Civil Veterinary Department Bengal reports 1933-51 - 1933-1951
Year: 1933
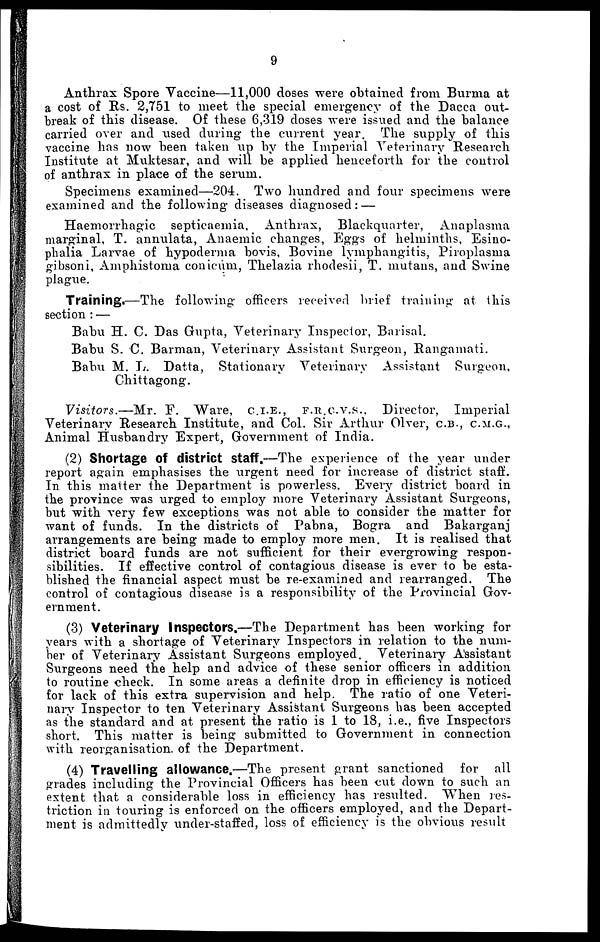
9
Anthrax Spore Vaccine—11,000 doses were obtained from Burma at
a cost of Rs. 2,751 to meet the special emergency of the Dacca out-
break of this disease. Of these 6,319 doses were issued and the balance
carried over and used during the current year. The supply of this
vaccine has now been taken up by the Imperial Veterinary Research
Institute at Muktesar, and will be applied henceforth for the control
of anthrax in place of the serum.
Specimens examined—204. Two hundred and four specimens were
examined and the following diseases diagnosed: —
Haemorrhagic septicaemia, Anthrax, Blackquarter,
Anaplasma
marginal, T. annulata, Anaemic changes, Eggs of helminths, Esino-
phalia Larvae of hypoderma bovis, Bovine lymphangitis, Piroplasma
gibsoni, Amphistoma conicum, Thelazia rhodesii, T. mutans, and Swine
plague.
Training.—The following officers received brief training at this
section : —
Babu H. C. Das Gupta, Veterinary Inspector, Barisal.
Babu S. C. Barman, Veterinary Assistant Surgeon, Rangamati.
Babu M. L. Datta, Stationary Veterinary Assistant Surgeon,
Chittagong.
Visitors.—Mr.
F. Ware,
C.I.E.,
F.R.C.V.S.,
Director, Imperial
Veterinary Research Institute, and Col. Sir Arthur Olver, C.B., C.M.G.,
Animal Husbandry Expert, Government of India.
(2) Shortage Of district Staff.—The experience of the year under
report again emphasises the urgent need for increase of district staff.
In this matter the Department is powerless. Every district board in
the province was urged to employ more Veterinary Assistant Surgeons,
but with very few exceptions was not able to consider the matter for
want of funds. In the districts of Pabna, Bogra and Bakarganj
arrangements are being made to employ more men. It is realised that
district board funds are not sufficient for their evergrowing respon-
sibilities. If effective control of contagious disease is ever to be esta-
blished the financial aspect must be re-examined and rearranged. The
control of contagious disease is a responsibility of the Provincial Gov-
ernment.
(3) Veterinary Inspectors.—The Department has been working for
years with a shortage of Veterinary Inspectors in relation to the num-
ber of Veterinary Assistant Surgeons employed. Veterinary Assistant
Surgeons need the help and advice of these senior officers in addition
to routine check. In some areas a definite drop in efficiency is noticed
for lack of this extra supervision and help. The ratio of one Veteri-
nary Inspector to ten Veterinary Assistant Surgeons has been accepted
as the standard and at present the ratio is 1 to 18, i.e., five Inspectors
short. This matter is being submitted to Government in connection
with reorganisation of the Department.
(4) Travelling allowance.—The present grant sanctioned for all
grades including the Provincial Officers has been cut down to such an
extent that a considerable loss in efficiency has resulted. When res-
triction in touring is enforced on the officers employed, and the Depart-
ment is admittedly under-staffed, loss of efficiency is the obvious result